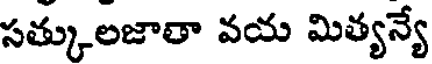
సత్కులజాతా వయ మిత్యన్యే